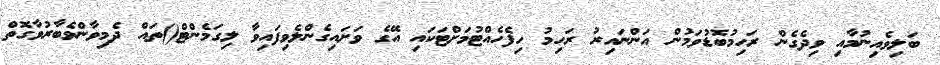
ބަލިވެއިނުމާއި ވިދެގެން ރަހިމުބޮޑުވަމުން އަންނައިރު ރަހިމު ހިފެހެއްޓުމަށްޓަކައި އޭގެ ވަށައިގެންލެވިފައިވާ ލިގަމެންޓް()ތައް ދެމިވާންވެބާރުވާގޮތް